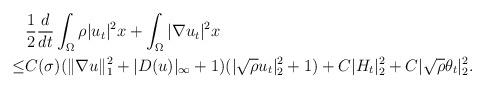
LaTeX: \begin{align*}&\frac{1}{2}\frac{d}{dt}\int_{\Omega}\rho |u_t|^2 x+\int_{\Omega}|\nabla u_t|^2x\\\leq & C(\sigma)(\|\nabla u\|^2_1+|D(u)|_\infty+1)(|\sqrt{\rho}u_t|^2_{2}+1)+C|H_t|^2_2+C|\sqrt{\rho}\theta_t|^2_2.\end{align*}